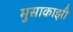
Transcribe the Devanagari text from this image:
मुसाकाझी